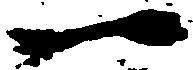
一